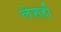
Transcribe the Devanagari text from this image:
लेशही